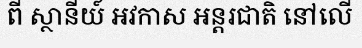
ពី ស្ថានីយ៍ អវកាស អន្តរជាតិ នៅលើ